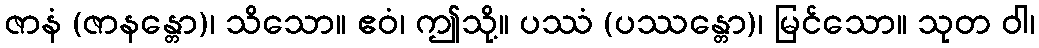
ဇာနံ (ဇာနန္တော)၊ သိသော။ ဧဝံ၊ ဤသို့။ ပဿံ (ပဿန္တော)၊ မြင်သော။ သုတ ဝါ၊